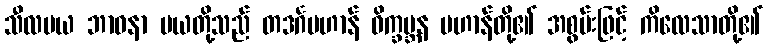
သီလမယ ဘာဝနာ မယတို့သည် တဒင်္ဂပဟာန် ဝိက္ခမ္ဘန ပဟာန်တို့၏ အစွမ်းဖြင့် ကိလေသာတို့၏